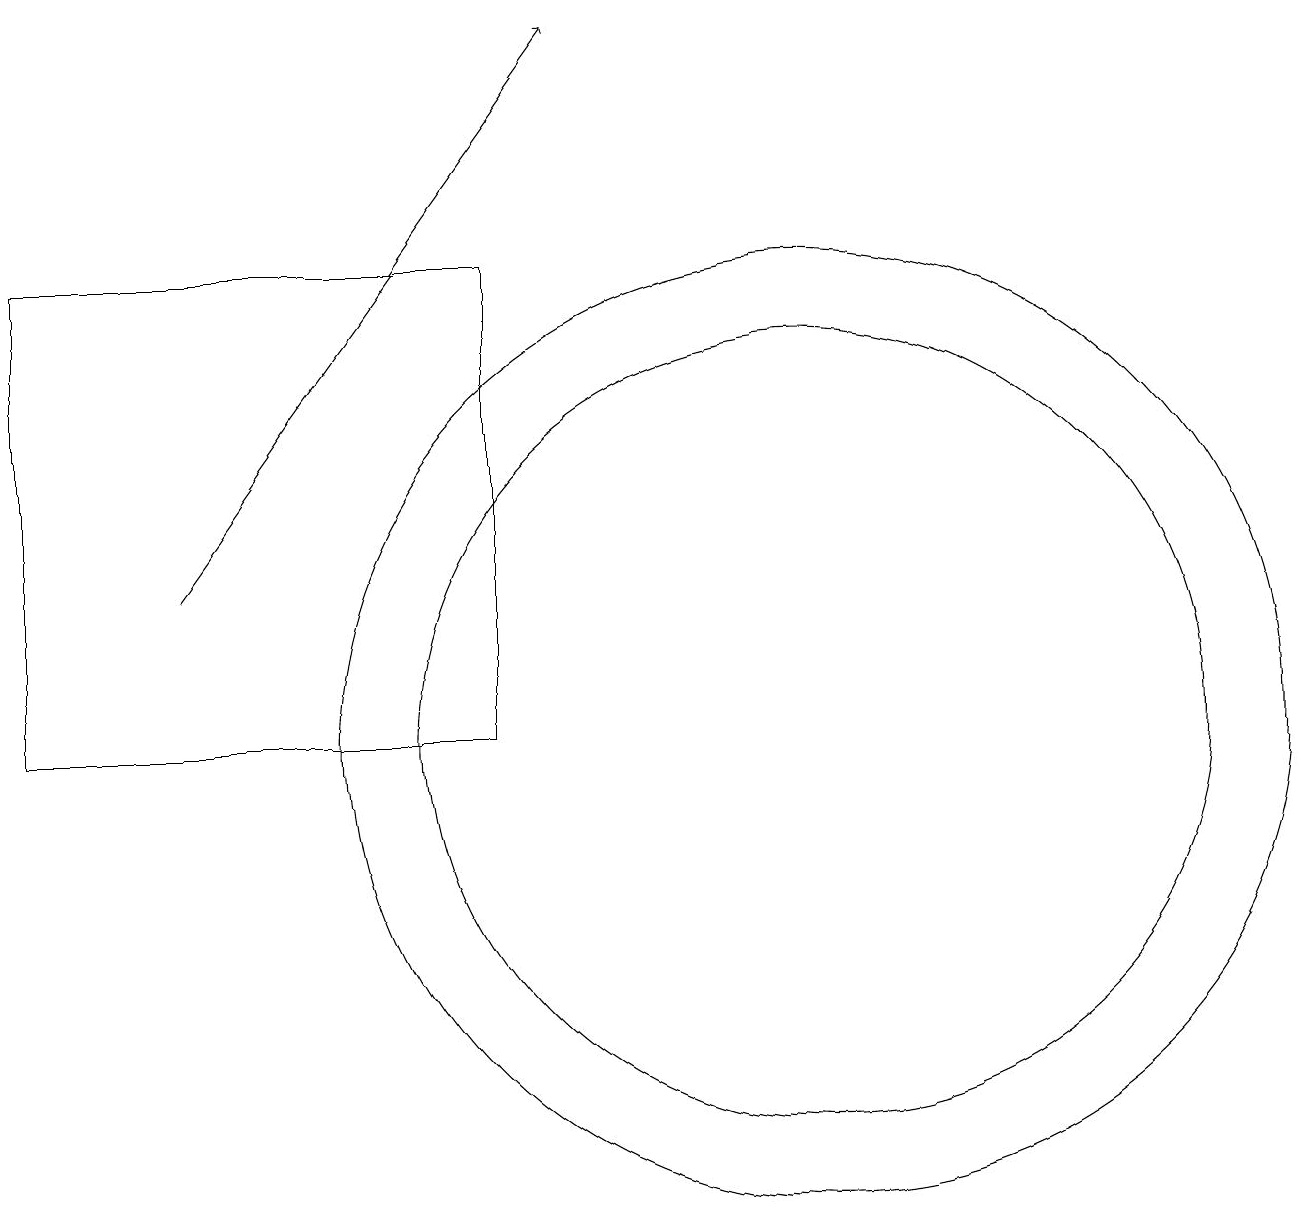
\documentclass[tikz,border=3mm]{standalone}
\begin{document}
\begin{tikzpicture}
\draw (0,10) rectangle (6,16);
\draw (10,10) circle (5);
\draw[->] (2,12) -- (7,19);
\draw (10,10) circle (6);
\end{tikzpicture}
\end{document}